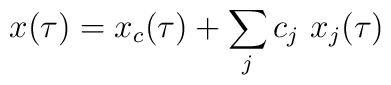
x(\tau) = x_c(\tau) + \sum_j c_j \  x_j(\tau)